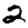
Digit: 2